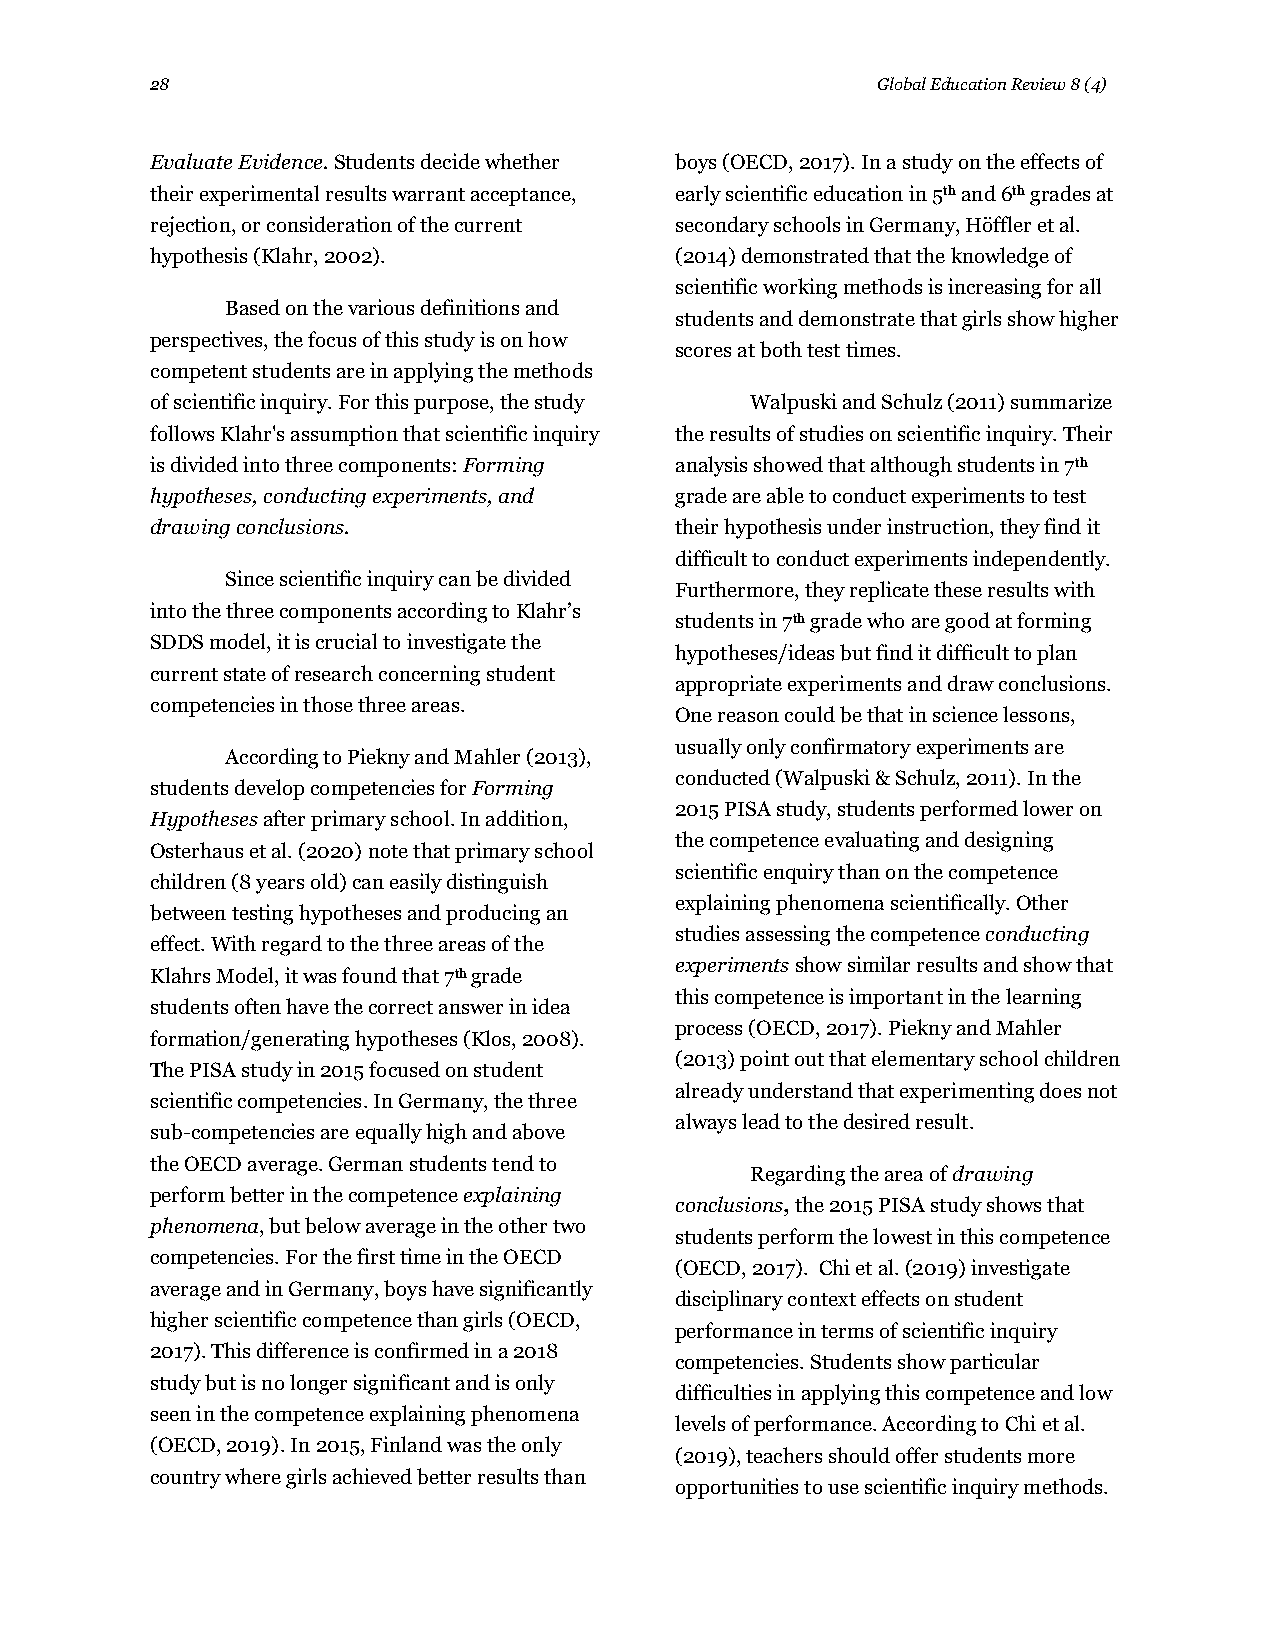
28                                              Global Education Review 8 (4)
 Evaluate Evidence. Students decide whether boys (OECD, 2017). In a study on the effects of
 their experimental results warrant acceptance, early scientific education in 5th and 6th grades at
 rejection, or consideration of the current secondary schools in Germany, Höffler et al.
 hypothesis (Klahr, 2002).          (2014) demonstrated that the knowledge of
 scientific working methods is increasing for all
 Based on the various definitions and
 students and demonstrate that girls show higher
 perspectives, the focus of this study is on how
 scores at both test times.
 competent students are in applying the methods
 of scientific inquiry. For this purpose, the study Walpuski and Schulz (2011) summarize
 follows Klahr's assumption that scientific inquiry the results of studies on scientific inquiry. Their
 is divided into three components: Forming analysis showed that although students in 7th
 hypotheses, conducting experiments, and grade are able to conduct experiments to test
 drawing conclusions.               their hypothesis under instruction, they find it
 difficult to conduct experiments independently.
 Since scientific inquiry can be divided
 Furthermore, they replicate these results with
 into the three components according to Klahr’s
 students in 7th grade who are good at forming
 SDDS model, it is crucial to investigate the
 hypotheses/ideas but find it difficult to plan
 current state of research concerning student
 appropriate experiments and draw conclusions.
 competencies in those three areas.
 One reason could be that in science lessons,
 usually only confirmatory experiments are
 According to Piekny and Mahler (2013),
 conducted (Walpuski & Schulz, 2011). In the
 students develop competencies for Forming
 2015 PISA study, students performed lower on
 Hypotheses after primary school. In addition,
 the competence evaluating and designing
 Osterhaus et al. (2020) note that primary school
 scientific enquiry than on the competence
 children (8 years old) can easily distinguish
 explaining phenomena scientifically. Other
 between testing hypotheses and producing an
 studies assessing the competence conducting
 effect. With regard to the three areas of the
 experiments show similar results and show that
 Klahrs Model, it was found that 7th grade
 this competence is important in the learning
 students often have the correct answer in idea
 process (OECD, 2017). Piekny and Mahler
 formation/generating hypotheses (Klos, 2008).
 (2013) point out that elementary school children
 The PISA study in 2015 focused on student
 already understand that experimenting does not
 scientific competencies. In Germany, the three
 always lead to the desired result.
 sub-competencies are equally high and above
 the OECD average. German students tend to
 Regarding the area of drawing
 perform better in the competence explaining
 conclusions, the 2015 PISA study shows that
 phenomena, but below average in the other two
 students perform the lowest in this competence
 competencies. For the first time in the OECD
 (OECD, 2017). Chi et al. (2019) investigate
 average and in Germany, boys have significantly
 disciplinary context effects on student
 higher scientific competence than girls (OECD,
 performance in terms of scientific inquiry
 2017). This difference is confirmed in a 2018
 competencies. Students show particular
 study but is no longer significant and is only
 difficulties in applying this competence and low
 seen in the competence explaining phenomena
 levels of performance. According to Chi et al.
 (OECD, 2019). In 2015, Finland was the only
 (2019), teachers should offer students more
 country where girls achieved better results than
 opportunities to use scientific inquiry methods.